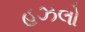
હઝલો